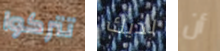
تتركوا لديك أن